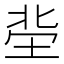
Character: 𡋭